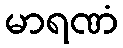
မာရဏံ